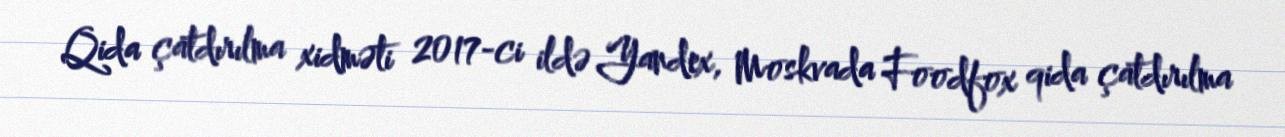
Qida çatdırılma xidməti 2017-ci ildə Yandex, Moskvada Foodfox qida çatdırılma